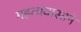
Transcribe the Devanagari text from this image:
महत्प्रयासाने